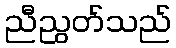
ညီညွတ်သည်